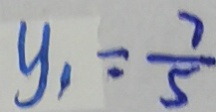
y _ { 1 } = \frac { 7 } { 5 }